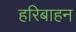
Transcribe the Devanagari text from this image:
हरिबाहन